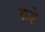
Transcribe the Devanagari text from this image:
श्रद्धे